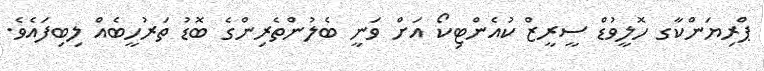
ޕްރިޔަންކާގ ހޮލީވުޑް ސީރީޒް ކުއެންޓިކޯ އަށް ވަނީ ބެލުންތެރިންގެ ބޮޑު ތަރުހީބެއް ލިބިފައެވެ.